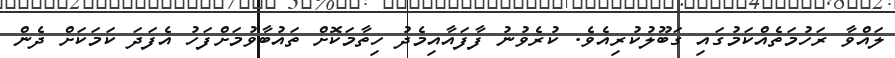
ލައްވާ ރަހުމަތެއްކަމުގައި ގަބޫލުކުރިއެވެ. ކުރެވުނު ފާފައާއިމެދު ހިތާމަކޮށް ތައުބާވުމަށްފަހު އެފަދަ ކަމަކަށް ދެން